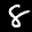
Label: 8